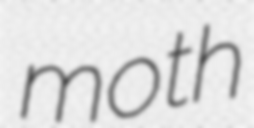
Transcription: moth